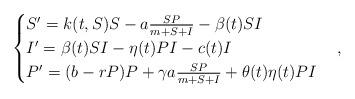
LaTeX: \begin{align*}\begin{cases}S'={k(t,S)S}- a \frac{SP}{m+S+I}-\beta(t)SI\\I'=\beta(t)SI-\eta(t)PI-c(t)I\\P'={(b-rP)P}+ \gamma a \frac{SP}{m+S+I}+\theta(t)\eta(t)PI\end{cases},\end{align*}